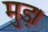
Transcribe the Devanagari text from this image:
मुड़।